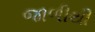
જાળીથી